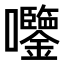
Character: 𫭀